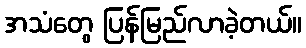
အသံတွေ ပြန်မြည်လာခဲ့တယ်။